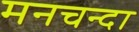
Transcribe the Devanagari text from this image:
मनचन्दा